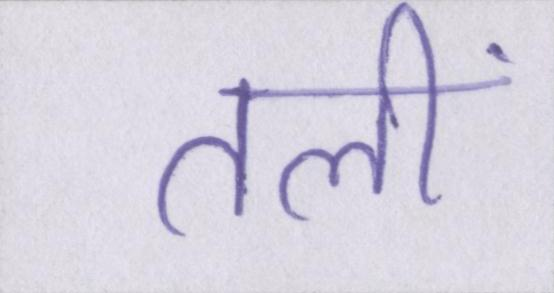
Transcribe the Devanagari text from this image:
तलीं